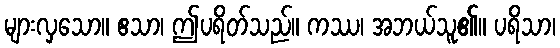
များလှသော။ ဧသာ၊ ဤပရိတ်သည်။ ကဿ၊ အဘယ်သူ၏။ ပရိသာ၊